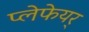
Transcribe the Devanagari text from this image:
प्लेफेयर्